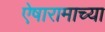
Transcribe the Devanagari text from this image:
ऐषारामाच्या